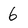
Character: 6